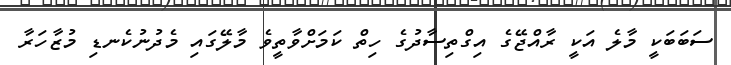
ސަބަބަކީ މާލެ އަކީ ރާއްޖޭގެ އިގްތިސާދުގެ ހިތް ކަމަށްވާތީވެ މާލޭގައި މެދުނުކެނޑި މުޒާހަރާ